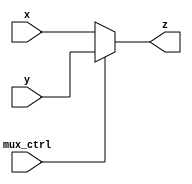
module AluMux (z,x,y,mux_ctrl);

output reg [31:0] z;
input [31:0] x,y;
input mux_ctrl; 
always@ (x or y or mux_ctrl)
begin
if (mux_ctrl ==0)
begin z=x; end 

else if (mux_ctrl ==1)
begin z=y; end 

else 
begin z= 32'bx; end 

end
endmodule



module RegisterFile ( rd1, rd2, rr1, rr2, wr, wd, we, clk);
output reg [31:0] rd1,rd2;
input [4:0] rr1,rr2,wr;
input we,clk;
input [31:0] wd;
reg [31:0] rf [7:0];

always@ (posedge clk)
begin

if (we)
begin
rf[wr] <= wd;
end

rd1 = rf[rr1];
rd2 = rf[rr2];

end

endmodule





module Alu( Result, A, B, op, shamount,sign);

output wire [31:0] Result;
input wire sign;
input wire [31:0] A,B;
input wire [3:0] op;
input wire [3:0] shamount;

assign Result = 
 (op == 4'b 0000) ? A+B 
:(op == 4'b 0001) ? A-B 
:(op == 4'b 0010) ? A&B
:(op == 4'b 0011) ? A|B
:(op == 4'b 0100) ? A<<shamount
:(op == 4'b 0101) ? A>>shamount
:(op == 4'b 0110) ? $signed($signed(A) >>> shamount)
:(op == 4'b 0111 && sign == 0) ? ((A>B)? 1:0)
:(op == 4'b 0111 && sign == 1) ? ((A>B)? 0:1)
:(op == 4'b 1000 && sign == 0) ? ((A<B)? 1:0)
:(op == 4'b 1000 && sign == 1) ? ((A<B)? 0:1)
: 32'b0000 ;

  
endmodule



module AluTB;
wire [31:0] Result;
reg [3:0] op,shamount;
reg sign;

//regfile
reg clk,we;
reg [4:0] rr1, rr2 , wr;
wire [31:0] rd1,rd2;
wire [31:0] wd;

//mux
reg mux_ctrl;

reg [31:0] WriteData;


Alu myAlu(Result, rd1, rd2, op, shamount, sign);
AluMux muxx ( wd, WriteData, Result , mux_ctrl);
RegisterFile RF( rd1, rd2, rr1, rr2, wr, wd, we, clk);



initial
begin


clk=0;
mux_ctrl =0;
sign =0;

#20
we = 1 ;
mux_ctrl =0;
wr = 1 ;
WriteData = -53;
#10
wr = 2 ;
WriteData = 3;
#10
rr1 = 1;
rr2 = 2;
#10
shamount <= 5;
op=4'b0000;
#10
$display ("%b  plus %b  =  %b " ,rd1,rd2,Result);

#20
we = 1 ;
mux_ctrl =0;
wr = 1 ;
WriteData = 5;
#10
wr = 2 ;
WriteData = 3;
#10
rr1 = 1;
rr2 = 2;
#10
shamount <= 5;
op=4'b0001;
#10
$display ("%b  minus %b  =  %b " ,rd1,rd2,Result);

#20
we = 1 ;
mux_ctrl =0;
wr = 1 ;
WriteData = 5;
#10
wr = 2 ;
WriteData = 3;
#10
rr1 = 1;
rr2 = 2;
#10
shamount <= 5;
op=4'b0010;
#10
$display ("%b  and %b  =  %b " ,rd1,rd2,Result);

#20
we = 1 ;
mux_ctrl =0;
wr = 1 ;
WriteData = 5;
#10
wr = 2 ;
WriteData = 3;
#10
rr1 = 1;
rr2 = 2;
#10
shamount <= 5;
op=4'b0011;
#10
$display ("%b  or %b  =  %b " ,rd1,rd2,Result);

#20
we = 1 ;
mux_ctrl =0;
wr = 1 ;
WriteData = 5;
#10
wr = 2 ;
WriteData = 3;
#10
rr1 = 1;
rr2 = 2;
#10
shamount <= 5;
op=4'b0100;
#10
$display ("%b  shifted left %d  =  %b " ,rd1,shamount,Result);

#20
we = 1 ;
mux_ctrl =0;
wr = 1 ;
WriteData = 50;
#10
wr = 2 ;
WriteData = 3;
#10
rr1 = 1;
rr2 = 2;
#10
shamount <= 5;
op=4'b0101;
#10
$display ("%b  shifted right %d  =  %b " ,rd1,shamount,Result);

#20
we = 1 ;
mux_ctrl =0;
wr = 1 ;
WriteData = -5;
#10
wr = 2 ;
WriteData = 3;
#10
rr1 = 1;
rr2 = 2;
#10
shamount <= 2;
op=4'b0110;
#10
$display ("%b  shifted right arthimetic %d  =  %b " ,rd1,shamount,Result);

#20
we = 1 ;
mux_ctrl =0;
wr = 1 ;
WriteData = -5;
#10
wr = 2 ;
WriteData = 3;
#10
rr1 = 1;
rr2 = 2;
#10
shamount <= 5;
sign =1;
op=4'b0111;
#10
$display ("%b  greater than %b  =  %b " ,rd1,rd2,Result);

#20
we = 1 ;
mux_ctrl =0;
wr = 1 ;
WriteData = -53;
#10
wr = 2 ;
WriteData = 3;
#10
rr1 = 1;
rr2 = 2;
#10
shamount <= 5;
sign =1;
op=4'b1000;
#10
$display ("%b  less than %b  =  %b " ,rd1,rd2,Result);

end

always
begin
#5
clk =~clk;
end



endmodule